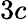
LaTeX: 3c